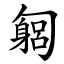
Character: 匔